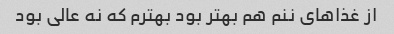
از غذاهای ننم هم بهتر بود بهترم که نه عالی بود